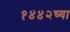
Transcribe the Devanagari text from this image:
१४४२च्या